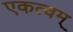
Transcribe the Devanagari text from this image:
एकत्वम्